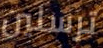
ترسلين